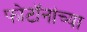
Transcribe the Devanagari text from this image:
फोटॉनांच्या